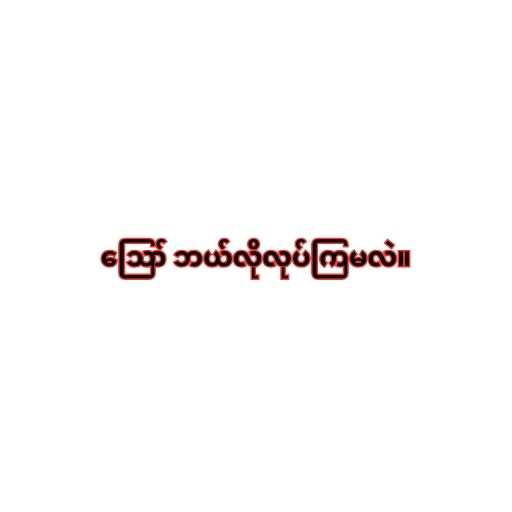
ဪ ဘယ်လိုလုပ်ကြမလဲ။